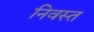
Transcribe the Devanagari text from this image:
निवस्त